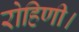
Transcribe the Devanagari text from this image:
रोहिणी।